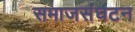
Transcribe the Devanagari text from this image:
समाजसंघटन